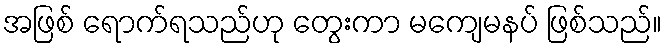
အဖြစ် ရောက်ရသည်ဟု တွေးကာ မကျေမနပ် ဖြစ်သည်။